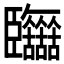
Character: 𦣷